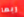
ربما